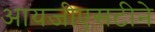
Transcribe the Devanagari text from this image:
आयजीएसटीने